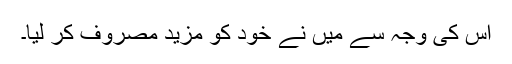
اس کی وجہ سے میں نے خود کو مزید مصروف کر لیا۔